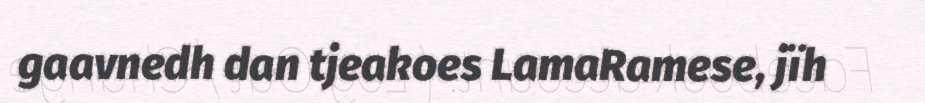
gaavnedh dan tjeakoes LamaRamese, jïh